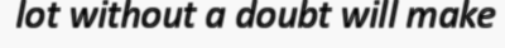
lot without a doubt will make